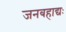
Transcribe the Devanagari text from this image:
जनबहाद्यः